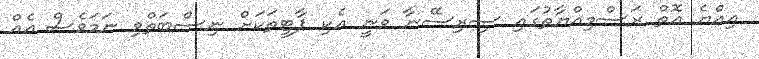
އިއްޔެ އޮތް ރަސްމިއްޔާތުގައި ސިރިސޭނާ ވަނީ އެކި ޕާޓީތަކަށް ނިސްބަތްވި ނަމަވެސް އެއް